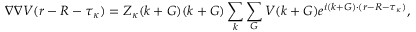
\nabla \nabla V ( \boldsymbol { r } - \boldsymbol { R } - \boldsymbol { \tau } _ { \kappa } ) = Z _ { \kappa } ( \boldsymbol { k } + \boldsymbol { G } ) ( \boldsymbol { k } + \boldsymbol { G } ) \sum _ { \boldsymbol { k } } \sum _ { \boldsymbol { G } } V ( \boldsymbol { k } + \boldsymbol { G ) } e ^ { i ( \boldsymbol { k } + \boldsymbol { G } ) \cdot ( \boldsymbol { r } - \boldsymbol { R } - \boldsymbol { \tau } _ { \kappa } ) } ,